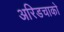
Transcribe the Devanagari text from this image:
अरिडचाको